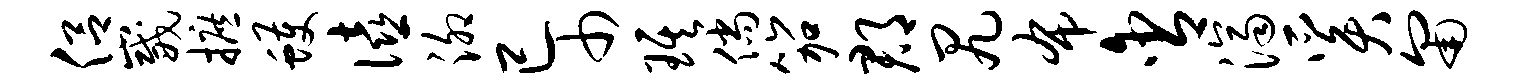
侣崴摭蠖僖泖已巾琪倘笳郡尻布含济奚匍